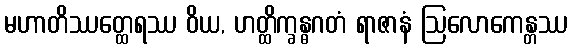
မဟာတိဿတ္ထေရဿ ဝိယ, ဟတ္ထိက္ခန္ဓဂတံ ရာဇာနံ ဩလောကေန္တဿ